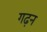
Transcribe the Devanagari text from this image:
गढ़न